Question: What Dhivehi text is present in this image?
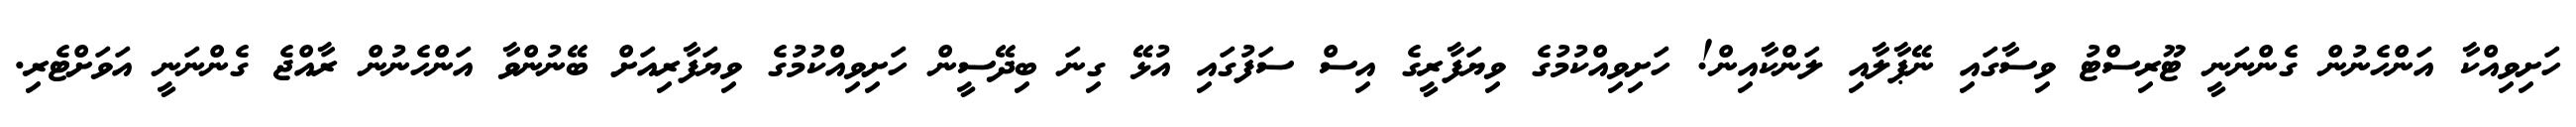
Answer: ހަށިވިއްކާ އަންހެނުން ގެންނަނީ ޓޫރިސްޓު ވިސާގައި ނޭޕާލާއި ލަންކާއިން! ހަށިވިއްކުމުގެ ވިޔަފާރީގެ އިސް ސަފުގައި އުޅޭ ގިނަ ބިދޭސީން ހަށިވިއްކުމުގެ ވިޔަފާރިއަށް ބޭނުންވާ އަންހެނުން ރާއްޖެ ގެންނަނީ އަވަށްޓެރި.